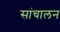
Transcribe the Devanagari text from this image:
सांचालन